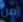
من